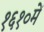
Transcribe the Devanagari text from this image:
१६१०में